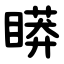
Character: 䁳